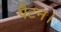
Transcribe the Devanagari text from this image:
पैटन।